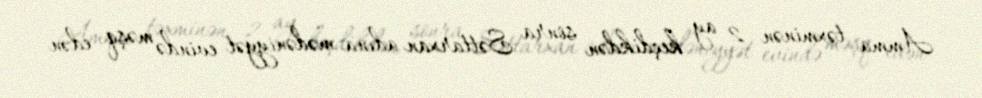
Amma təxminən 2 ay keçdikdən sonra Səttarxan adına mədəniyyət evində məşq edən